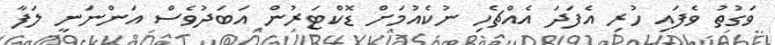
ވަގުތު ވެފައި ހުރި އެފަދަ އެއްޗެހި ނުކެއުމަށް ޑޮކްޓަރުން އަބަދުވެސް އަންނަނީ ލަފާ